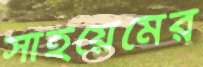
সাইয়েমের